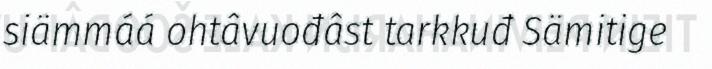
siämmáá ohtâvuođâst tarkkuđ Sämitige